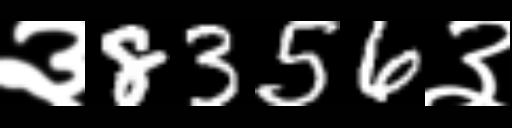
Text: ३8356३